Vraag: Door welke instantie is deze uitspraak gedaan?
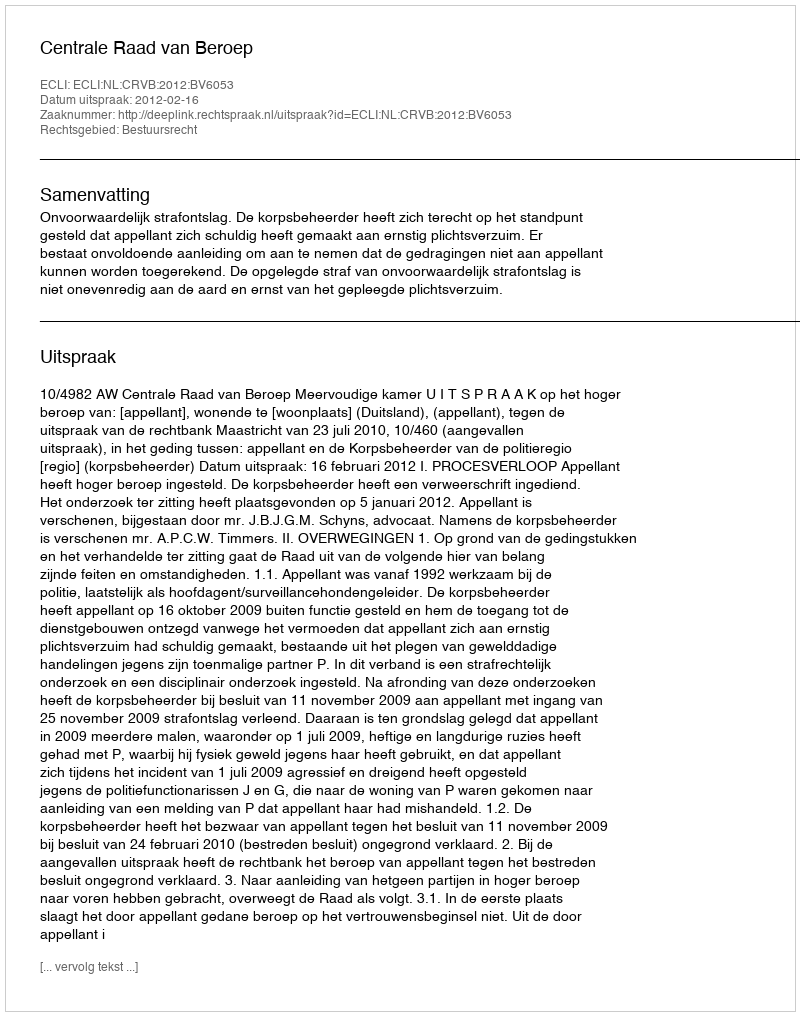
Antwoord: Centrale Raad van Beroep